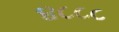
૪૮૮૮